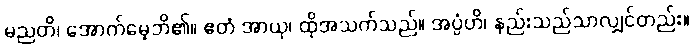
မညတိ၊ အောက်မေ့ဘိ၏။ ဧတံ အာယု၊ ထိုအသက်သည်။ အပ္ပံဟိ၊ နည်းသည်သာလျှင်တည်း။